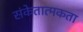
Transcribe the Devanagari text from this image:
संकेतात्मकता